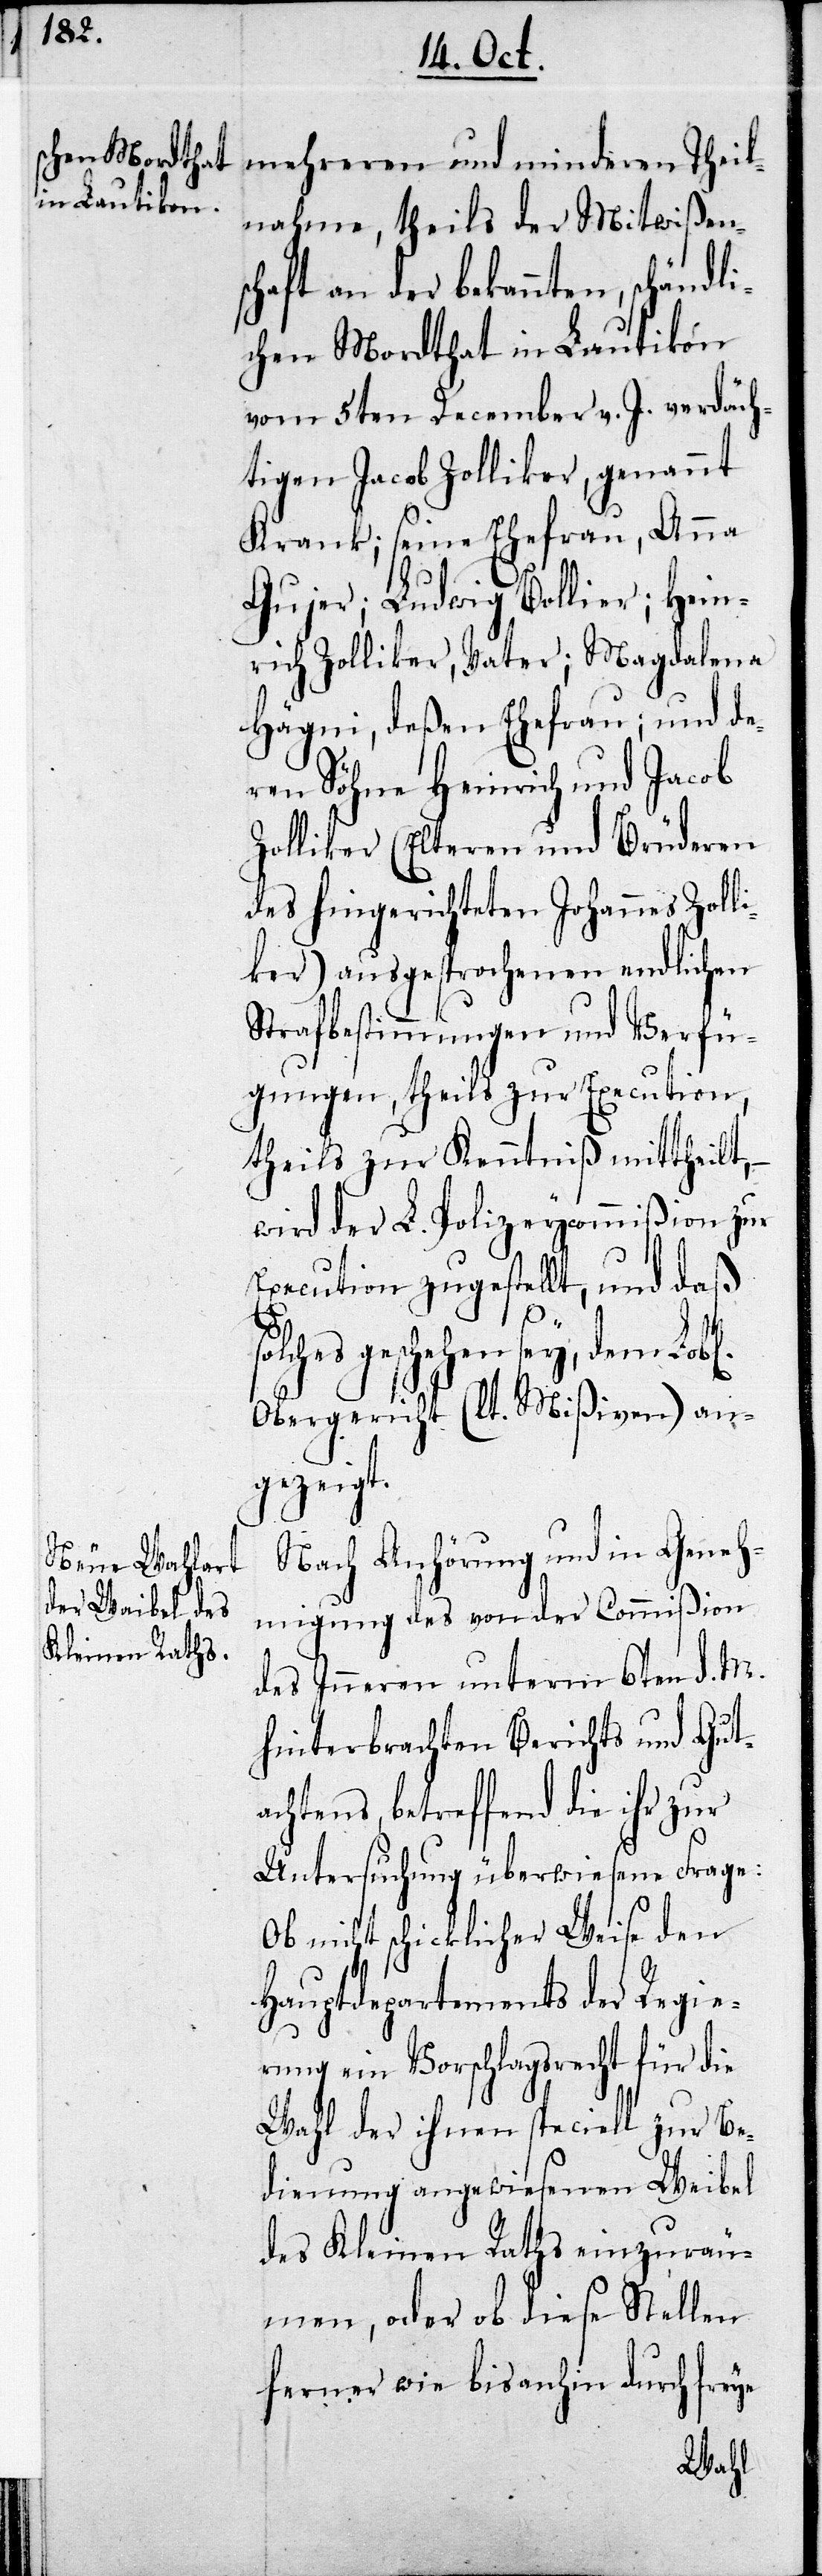
lnahme, theils der Mitwißens¬
chaft an der bekannten, schänd¬
lichen Mordthat in Lautikon
vom 5ten December v. J. verdäch¬
tigten Jacob Zolliker, genannt
Krank; seine Ehefrau, Anna
Gujer; Ludwig Bollier; Hein¬
rich Zolliker, Vater; Magdalena
Hägni, deßen Ehefrau; und de¬
ren Söhne Heinrich und Jacob
Zolliker (Elteren und Brüderen
des hingerichteten Johannes Zoll¬
iker) ausgesprochenen endlichen
Strafbestimmungen und Verfü¬
gungen, theils zur Execution,
theils zur Kenntniß mittheilt,
wird der L. Polizeycommißion zur
Execution zugestellt, und daß
geschehen sey, dem Lobl.
Obergericht (lt. Mißiven) an¬
gezeigt.
Nach Anhörung und in Geneh¬
migung des von der Commißion
des Inneren unterm 6ten d. M.
hinterbrachten Berichts und Gut¬
achtens, betreffend die ihr zur
Untersuchung überwiesene Frage:
Ob nicht schicklicher Weise den
Hauptdepartements der Regie¬
rung ein Vorschlagsrecht für die
Wahl der ihnen speciell zur Be¬
dienung angewiesenen Weibel
des Kleinen Raths einzuräu¬
men, oder ob diese Stellen
ferner wie bis anhin durch freye